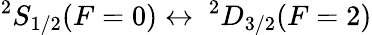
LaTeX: ^{2}S_{1/2}(F=0)\leftrightarrow\ ^{2}D_{3/2}(F=2)